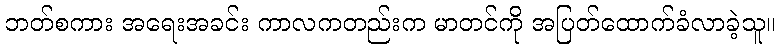
ဘတ်စကား အရေးအခင်း ကာလကတည်းက မာတင်ကို အပြတ်ထောက်ခံလာခဲ့သူ။